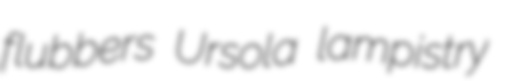
flubbers Ursola lampistry